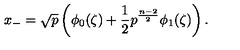
x _ { - } = \sqrt { p } \left( \phi _ { 0 } ( \zeta ) + \frac { 1 } { 2 } p ^ { \frac { n - 2 } { 2 } } \phi _ { 1 } ( \zeta ) \right) .